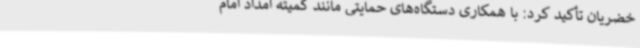
خضریان تأکید کرد: با همکاری دستگاه‌های حمایتی مانند کمیته امداد امام